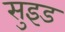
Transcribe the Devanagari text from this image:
सुइड